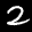
Label: 2